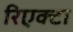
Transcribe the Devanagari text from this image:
रिएक्टा